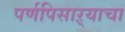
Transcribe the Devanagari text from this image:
पर्णपिसाऱ्याचा